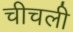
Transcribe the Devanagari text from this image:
चीचली